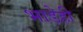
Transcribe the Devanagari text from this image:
भाडेही